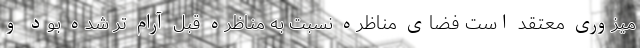
میزوری معتقد است فضای مناظره نسبت به مناظره قبل آرام تر شده بود و